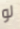
لو